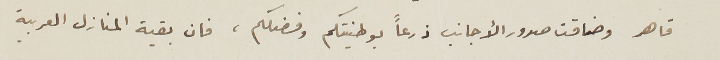
قاهر وضاقت صدور الأجانب ذرعاً بوطنيتكم وفضلكم، فان بقية المنازل العربية